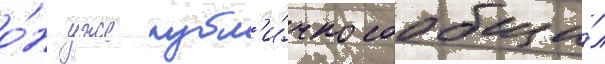
о́н уже публ'и́чно сообщи́л